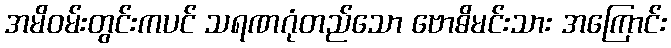
အမိဝမ်းတွင်းကပင် သရဏဂုံတည်သော ဗောဓိမင်းသား အကြောင်း